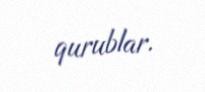
qurublar.